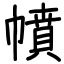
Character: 幩